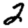
Digit: 2